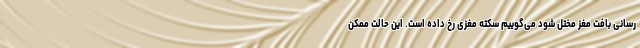
رسانی بافت مغز مختل شود می‌گوییم سکته مغزی رخ داده است. این حالت ممکن